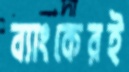
ব্যাংকেরই